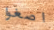
اصغوا